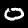
Digit: 0